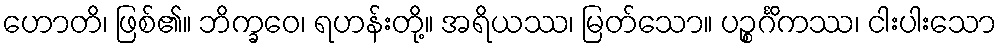
ဟောတိ၊ ဖြစ်၏။ ဘိက္ခဝေ၊ ရဟန်းတို့။ အရိယဿ၊ မြတ်သော။ ပဉ္စင်္ဂိကဿ၊ ငါးပါးသော